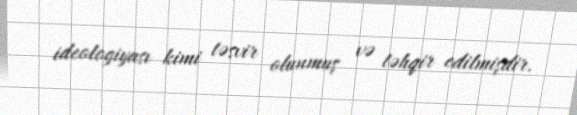
ideologiyası kimi təsvir olunmuş və təhqir edilmişdir.